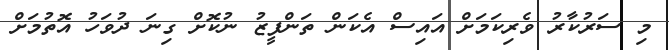
މި ސަރުކާރު ވެރިކަމަށް އައިސް އެކަން ތަންފީޒު ނުކޮށް ގިނަ ދުވަހު އޮތުމަށް